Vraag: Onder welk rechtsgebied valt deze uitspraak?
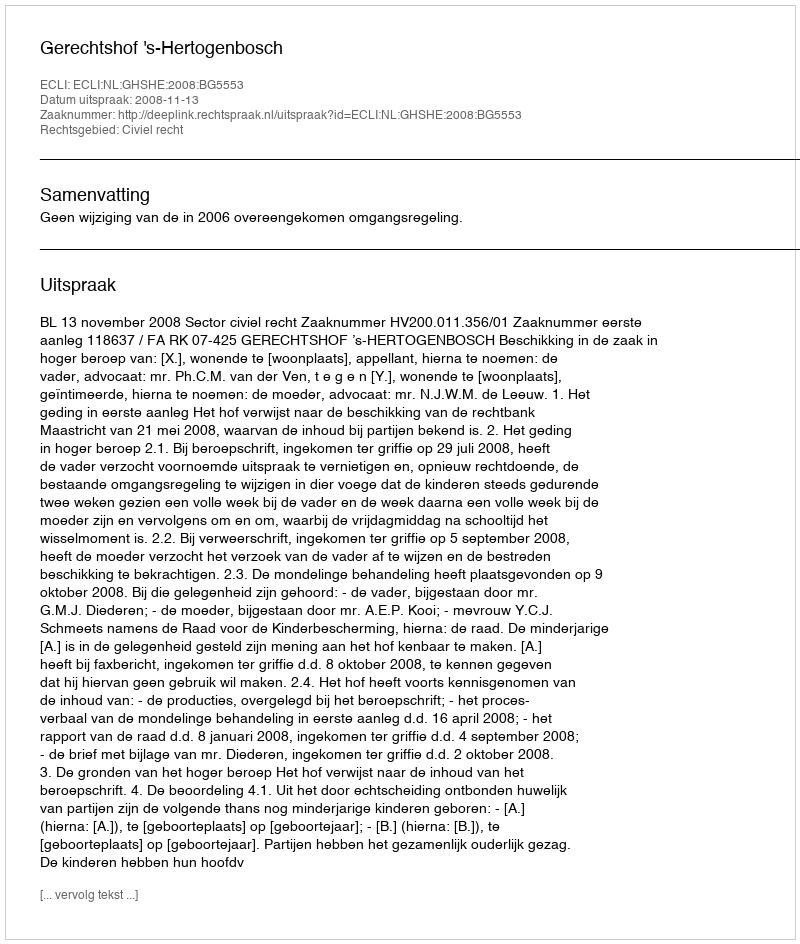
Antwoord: Civiel recht